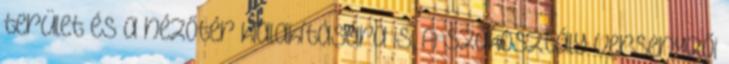
terület és a nézőtér kialakítására is. A szakosztály versenyzői